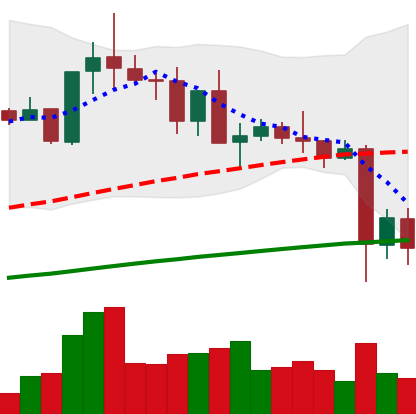
Ticker: TRX-USD
Chart end date: 2021-05-21
Forward return: 6.827%
Label: up_5_7